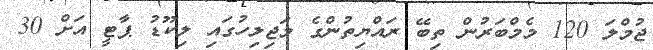
ޖުމްލަ 120 މެމްބަރުން ތިބޭ ރައްޔިތުންގެ މަޖިލިހުގައި ލިކޫޑު ޕާޓީ އަށް 30